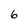
Character: 6